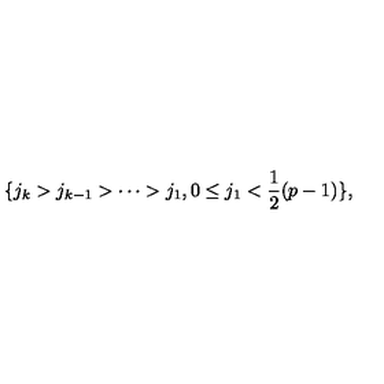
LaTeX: \{ j _ { k } > j _ { k - 1 } > \cdots > j _ { 1 } , 0 \leq j _ { 1 } < \frac { 1 } { 2 } ( p - 1 ) \} ,